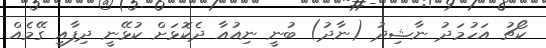
ކޯޗު އަހުމަދު ނާޝިދު (ނާދު) ބުނީ ނިއުއާ ދެކޮޅަށް ކުޅޭނީ ދިފާއީ ގޭމެއް